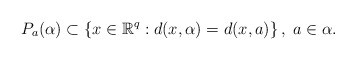
\begin{align*}P_{a}(\alpha)\subset\left\{ x\in\mathbb{R}^{q}:d(x,\alpha)=d(x,a)\right\} ,\; a\in\alpha.\end{align*}